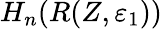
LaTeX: H_{n}(R(Z,\varepsilon_{1}))